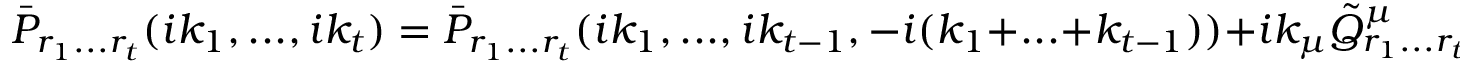
\bar { P } _ { r _ { 1 } . . . r _ { t } } ( i k _ { 1 } , . . . , i k _ { t } ) = \bar { P } _ { r _ { 1 } . . . r _ { t } } ( i k _ { 1 } , . . . , i k _ { t - 1 } , - i ( k _ { 1 } + . . . + k _ { t - 1 } ) ) + i k _ { \mu } \tilde { Q } _ { r _ { 1 } . . . r _ { t } } ^ { \mu } ( k _ { 1 } , . . . , k _ { t } )